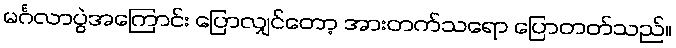
မင်္ဂလာပွဲအကြောင်း ပြောလျှင်တော့ အားတက်သရော ပြောတတ်သည်။